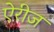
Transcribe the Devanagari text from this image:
ऐरीज